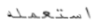
استعمله